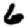
Digit: 6